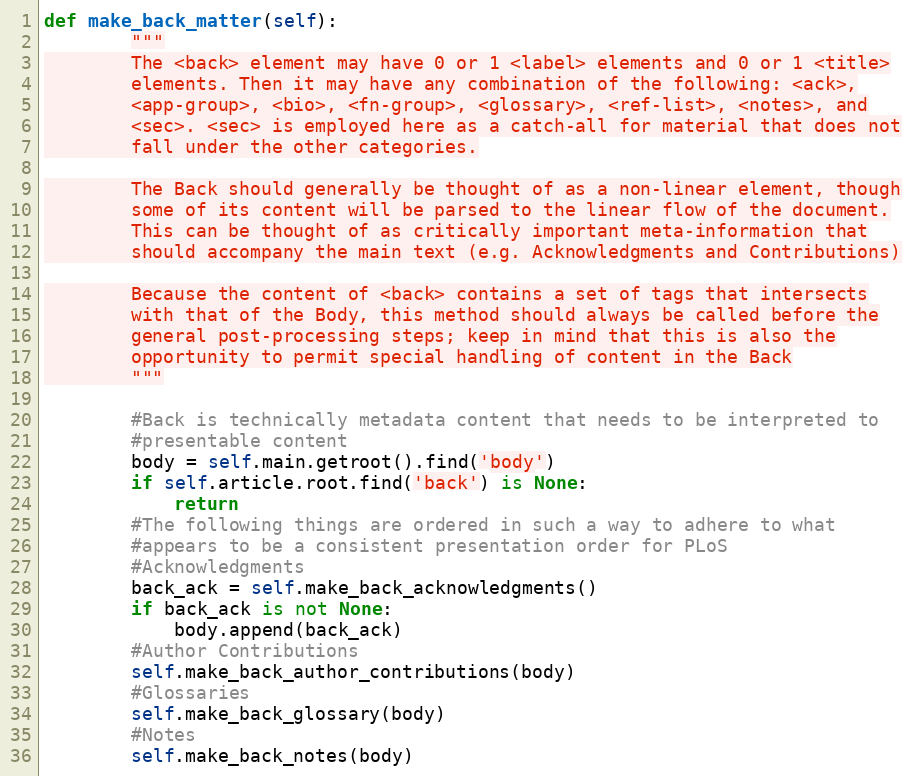
Language: Python
def make_back_matter(self):
        """
        The <back> element may have 0 or 1 <label> elements and 0 or 1 <title>
        elements. Then it may have any combination of the following: <ack>,
        <app-group>, <bio>, <fn-group>, <glossary>, <ref-list>, <notes>, and
        <sec>. <sec> is employed here as a catch-all for material that does not
        fall under the other categories.

        The Back should generally be thought of as a non-linear element, though
        some of its content will be parsed to the linear flow of the document.
        This can be thought of as critically important meta-information that
        should accompany the main text (e.g. Acknowledgments and Contributions)

        Because the content of <back> contains a set of tags that intersects
        with that of the Body, this method should always be called before the
        general post-processing steps; keep in mind that this is also the
        opportunity to permit special handling of content in the Back
        """

        #Back is technically metadata content that needs to be interpreted to
        #presentable content
        body = self.main.getroot().find('body')
        if self.article.root.find('back') is None:
            return
        #The following things are ordered in such a way to adhere to what
        #appears to be a consistent presentation order for PLoS
        #Acknowledgments
        back_ack = self.make_back_acknowledgments()
        if back_ack is not None:
            body.append(back_ack)
        #Author Contributions
        self.make_back_author_contributions(body)
        #Glossaries
        self.make_back_glossary(body)
        #Notes
        self.make_back_notes(body)